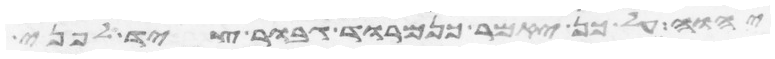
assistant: יהוה על כן יאמר כנמרוד גבור ציד לפני